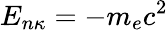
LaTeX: E_{n\kappa}=-m_{e}c^{2}